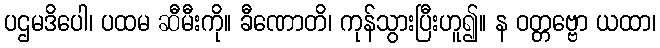
ပဌမဒိပေါ၊ ပထမ ဆီမီးကို။ ခီဏောတိ၊ ကုန်သွားပြီးဟူ၍။ န ဝတ္တဗ္ဗော ယထာ၊